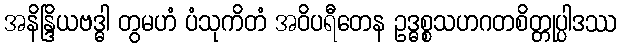
အနိန္ဒြိယဗဒ္ဓါ တွမဟံ ပံသုကိတံ အဝိပရီတေန ဥဒ္ဓစ္စသဟဂတစိတ္တုပ္ပါဒဿ